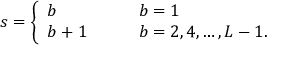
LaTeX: s = \left\{ \begin{array} { l l } { { b } } & { { \qquad b = 1 } } \\ { { b + 1 } } & { { \qquad b = 2 , 4 , \ldots , L - 1 . } } \end{array} \right.